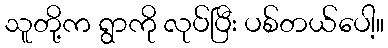
သူတို့က ရွာကို လုပ်ပြီး ပစ်တယ်ပေါ့။